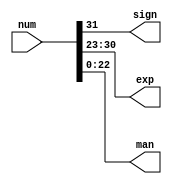
// Splitting the 32 bits into exponent, sign and mantissa
module split(input [31:0]num, output sign, output [7:0]exp, output [22:0]man);  

    assign sign = num[31];
    assign exp =  num[30:23];
    assign man = num[22:0];
    
endmodule